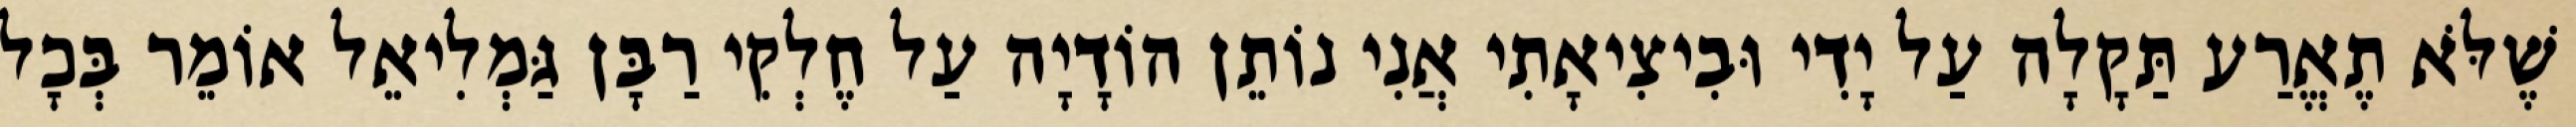
שֶׁלֹּא תֶאֱרַע תַּקָלָה עַל יָדִי וּבִיצִיאָתִי אֲנִי נוֹתֵן הוֹדָיָה עַל חֶלְקִי רַבָּן גַּמְלִיאֵל אוֹמֵר בְּכָל